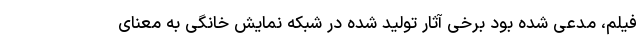
فیلم، مدعی شده بود برخی آثار تولید شده در شبکه نمایش خانگی به معنای